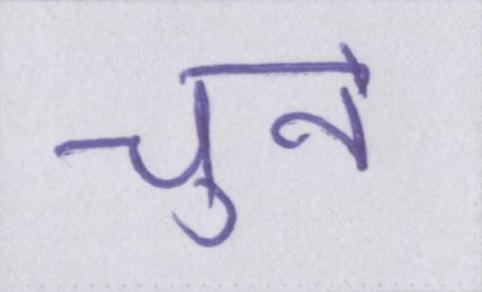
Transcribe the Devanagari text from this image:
चुनें